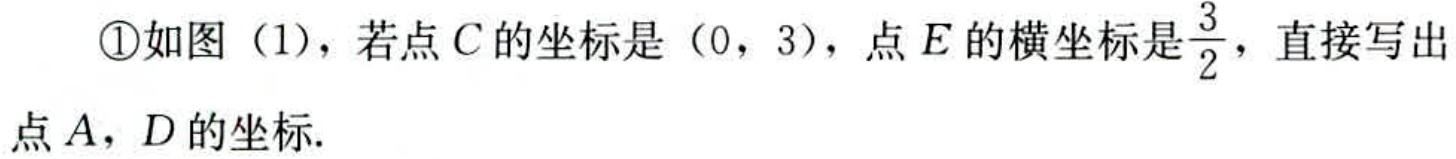
\textcircled{1}如图（1），若点\(C\)的坐标是\((0,3)\)，点\(E\)的横坐标是\(\frac{3}{2}\)，直接写出点\(A\)，\(D\)的坐标.